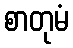
စာတုမံ